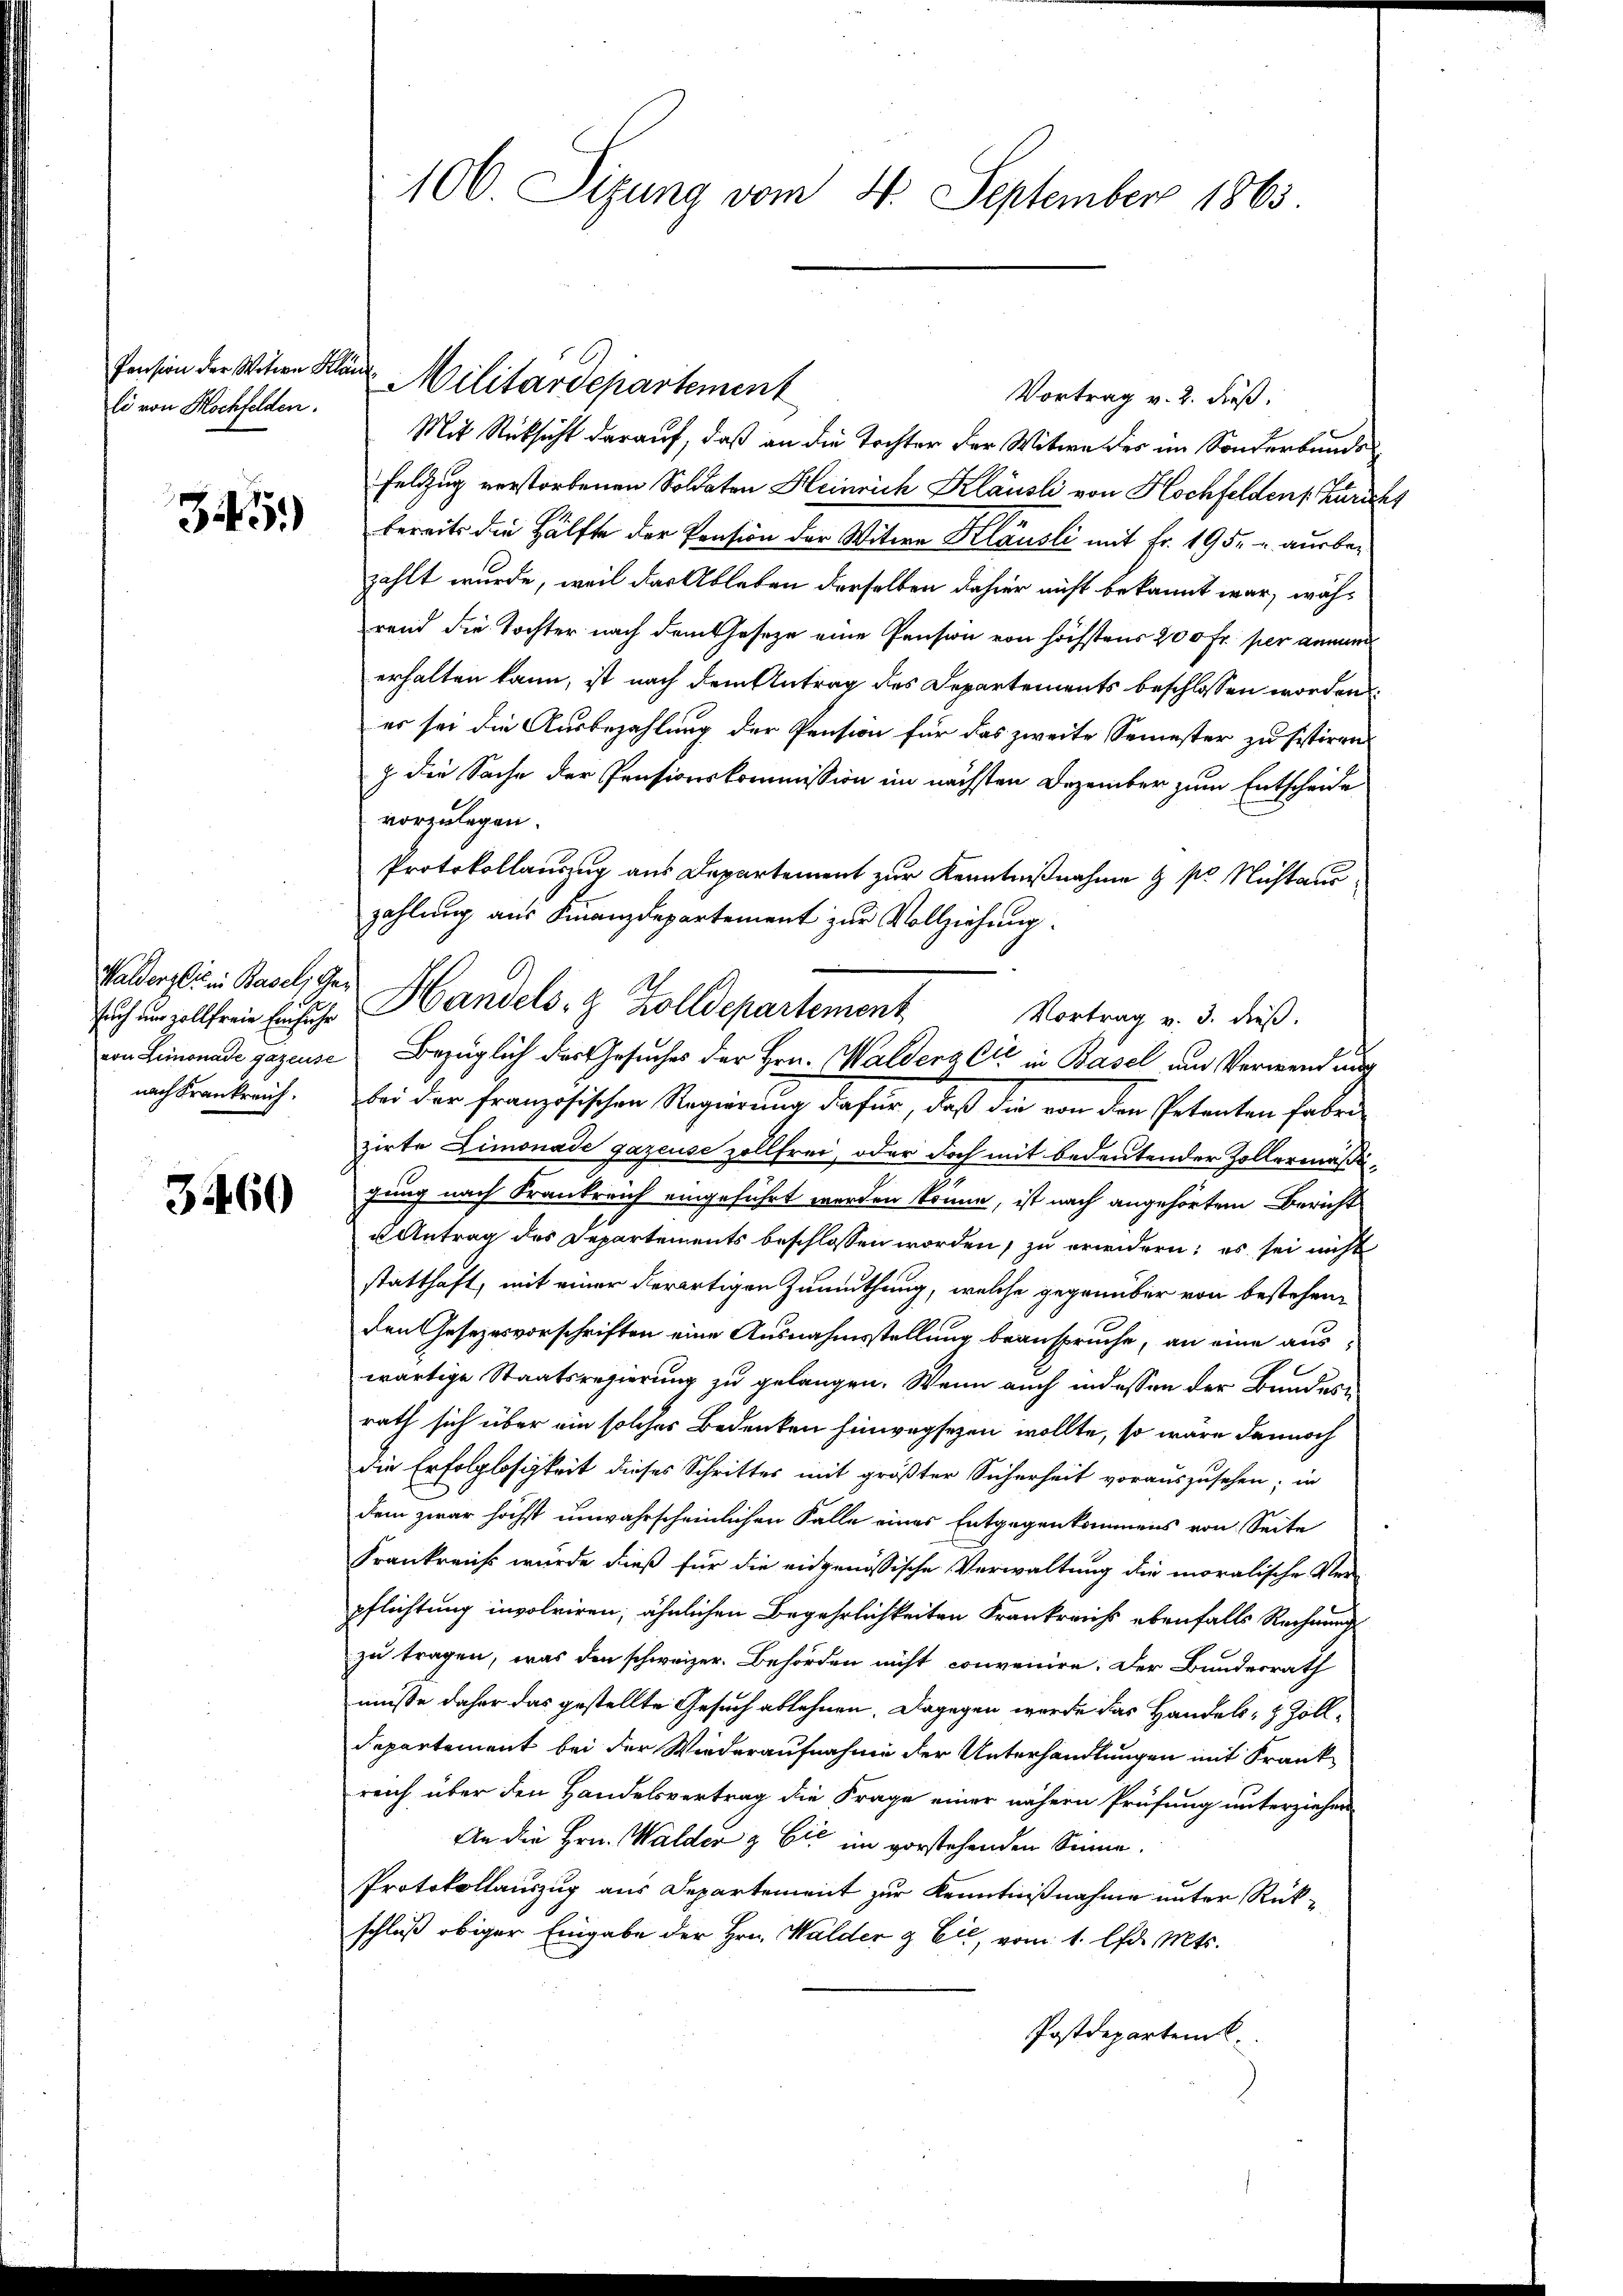
Pension der Witwe Klän
li von Hochfelden.

5)

Walders in Basel, Gesuch um vollfreie Einfuhr
von Limonade gazeuse
nach Krankreich.

3460

106 Sizung vom 4. September 1863

Vortrag v. 2. dieß,
Mit Rücksicht darauf, daß an die Tochter der Witwe des im Sonderbunde
Feldzug verstorbenen Soldaten Heinrich Klausli von Hochfeldens Züricht
bereits die Hälfte der Pension der Witwe Klausli mit Fr. 195. u. ausbezahlt wurde, weil das Ableben derselben dahier nicht bekannt war, während die Tochter nach dem Gesetze eine Pension von höchstens 200 Fr. per annun
erhalten kann, ist nach dem Antrag des Departements beschlossen worden
es sei die Ausbezahlung der Pension für das zweite Semester zu sistiren.
z die Sache der Pensionskommission im nächsten Dezember zum Entscheide
vorzulegen.
Protokollauszug aus Departement zur Kenntnißnahme & pr. Nichtaus
zahlung aus Finanzdepartement zur Vollziehung.
bei der französischen Regierung dafür, daß die von den Petenten haben
zirte Limonade gazeuse zollfrei, oder doch mit bedeutender Zollermäßigung nach Krankreich eingeführt werden könne, ist nach angehörtem Bericht
u Antrag des Departements beschlossen worden, zu erwidern; es sei nicht
statthaft, mit einer derartigen Zumuthung, welche gegenüber von bestehen
den Gesezesvorschriften eine Ausnahmsstellung beanspruche, an eine auswärtige Staatsregierung zu gelangen. Wenn auch indessen der Bundesrath sich über ein solches Bedenken hinwegsezen wollte, so wäre dennoch
die Erfolglosigkeit dieses Schrittes mit größter Sicherheit vorauszusehen; in
dem zwar höchst unwahrscheinlichen Falle eines Entgegenkommens von Seite
Frankreichs wurde dieß für die eidgenössische Verwaltung die moralische Ver-
pflichtung involviren, ähnlichen Begehrlichkeiten Frankreichs ebenfalls Rechnung
zu tragen, was den schweizer. Behörden nicht convenire. Der Bundesrath
müße daher das gestellte Gesuch ablehnen. Dagegen wurde das Handels- & Zolldepartement bei der Wiederaufnahme der Unterhandlungen mit Frank
reich über den Handelsvertrag die Frage einer nähern Prüfung unterziehen
An die Hrn. Walder & Cie im vorstehenden Sinne.
Protokollauszug aus Departement zur Kenntnißnahme unter Rückschluß obiger Eingabe der Hrn. Walder & Cie, vom 1. d. Mts.
Postdepartem

Militärdepartement

Handels- & Zolldepartement
Vortrag v. 3. dieß.
Bezüglich der Gesuches der Hrn. Waldena Cie in Basel aus Verwendung